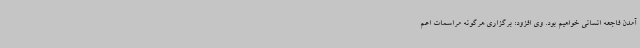
آمدن فاجعه انسانی خواهیم بود. وی افزود: برگزاری هرگونه مراسمات اعم